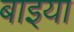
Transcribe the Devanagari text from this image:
बाइया